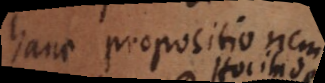
hanc propositionem